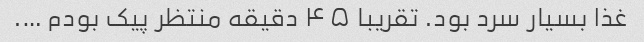
غذا بسیار سرد بود. تقریبا ۴۵ دقیقه منتظر پیک بودم ….